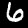
Label: 6